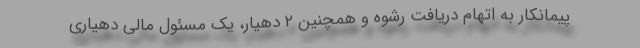
پیمانکار به اتهام دریافت رشوه و همچنین ۲ دهیار، یک مسئول مالی دهیاری